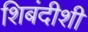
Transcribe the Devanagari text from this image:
शिबंदीशी